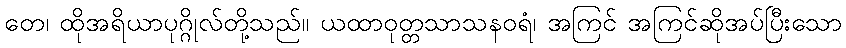
တေ၊ ထိုအရိယာပုဂ္ဂိုလ်တို့သည်။ ယထာဝုတ္တသာသနဝရံ၊ အကြင် အကြင်ဆိုအပ်ပြီးသော